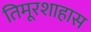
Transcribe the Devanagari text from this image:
तिमूरशाहास